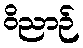
ဝိညာဉ်